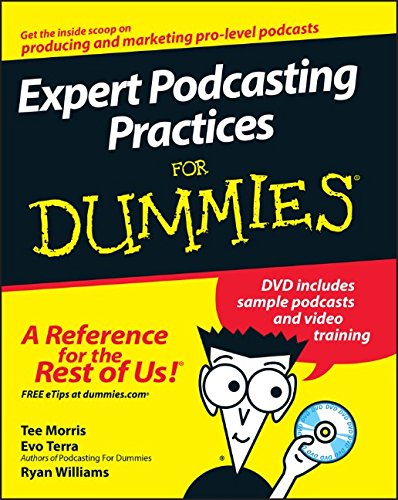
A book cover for Expert Podcasting Practices For Dummies; Tee Morris; Computers & Technology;